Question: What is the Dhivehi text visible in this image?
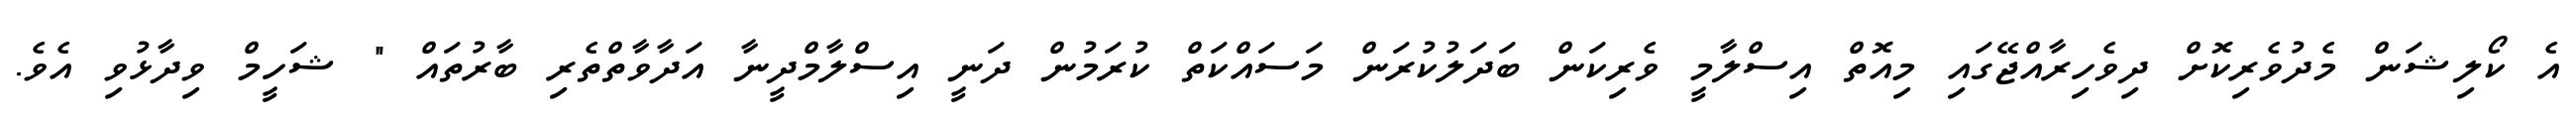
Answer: އެ ކޯލިޝަން މެދުވެރިކޮށް ދިވެހިރާއްޖޭގައި މިއޮތް އިސްލާމީ ވެރިކަން ބަދަލުކުރަން މަސައްކަތް ކުރަމުން ދަނީ އިސްލާމްދީނާ އަދާވާތްތެރި ބާރުތައް " ޝަހީމް ވިދާޅުވި އެވެ.